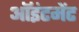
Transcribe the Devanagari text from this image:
ऑइंटमेंट